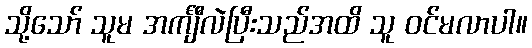
သို့သော် သူမ အင်္ကျီလဲပြီးသည်အထိ သူ ဝင်မလာပါ။